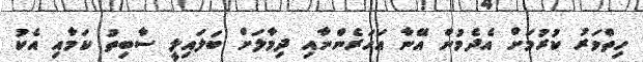
ހިތްވަރު ކުރުމަށް އެދެމުން އޭނާ އަހަރެންނާއި ދިމާލަށް ބަލައިލީ ސާބިތު ކަމާއި އެކު